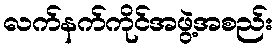
လက်နက်ကိုင်အဖွဲ့အစည်း